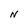
Character: N